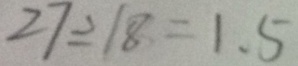
2 7 \div 1 8 = 1 . 5